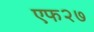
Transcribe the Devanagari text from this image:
एफ२७